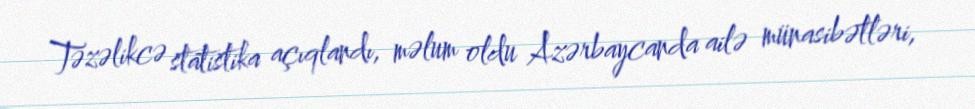
Təzəlikcə statistika açıqlandı, məlum oldu Azərbaycanda ailə münasibətləri,